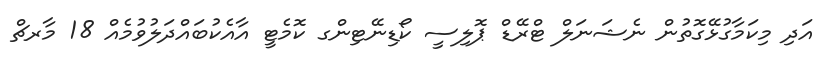
އަދި މިކަމާގުޅޭގޮތުން ނެޝަނަލް ޓްރޭޑް ޕޮލިސީ ކޯޑިނޭޓިންގ ކޮމެޓީ އާއެކުބައްދަލުވުމެއް 18 މާރޗް